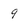
Character: 9